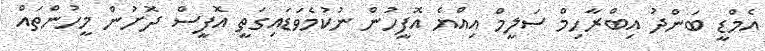
އެމްޑީ ބަންދު އިބްރާހިމް ސަލީމް އިއްޔެ އޮފީހުން ނުކުމެވަޑައިގަތީ އޮފީސް ދޮށުން މީހުންތައް